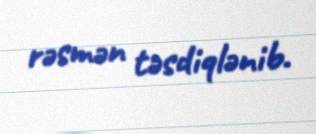
rəsmən təsdiqlənib.